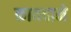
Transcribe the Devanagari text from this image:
कायदाने